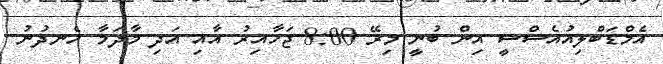
އެމްޑަބްލިއުއެސްސީ އިން ބުނީ މިރޭ 8:00 ޖަހާއިރު އާއި އަދި މާދަމާ ހެނދުނު